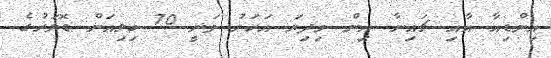
އިންޑިއާ އާއި ޗައިނާ އިން މިދިޔަ އަހަރު ވަނީ 70 ބިލިއަން ޑޮލަރުގެ